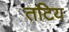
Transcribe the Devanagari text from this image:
तटिय